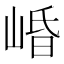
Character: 崏